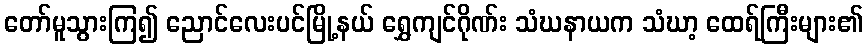
တော်မူသွားကြ၍ ညောင်လေးပင်မြို့နယ် ရွှေကျင်ဂိုဏ်း သံဃနာယက သံဃာ့ ထေရ်ကြီးများ၏